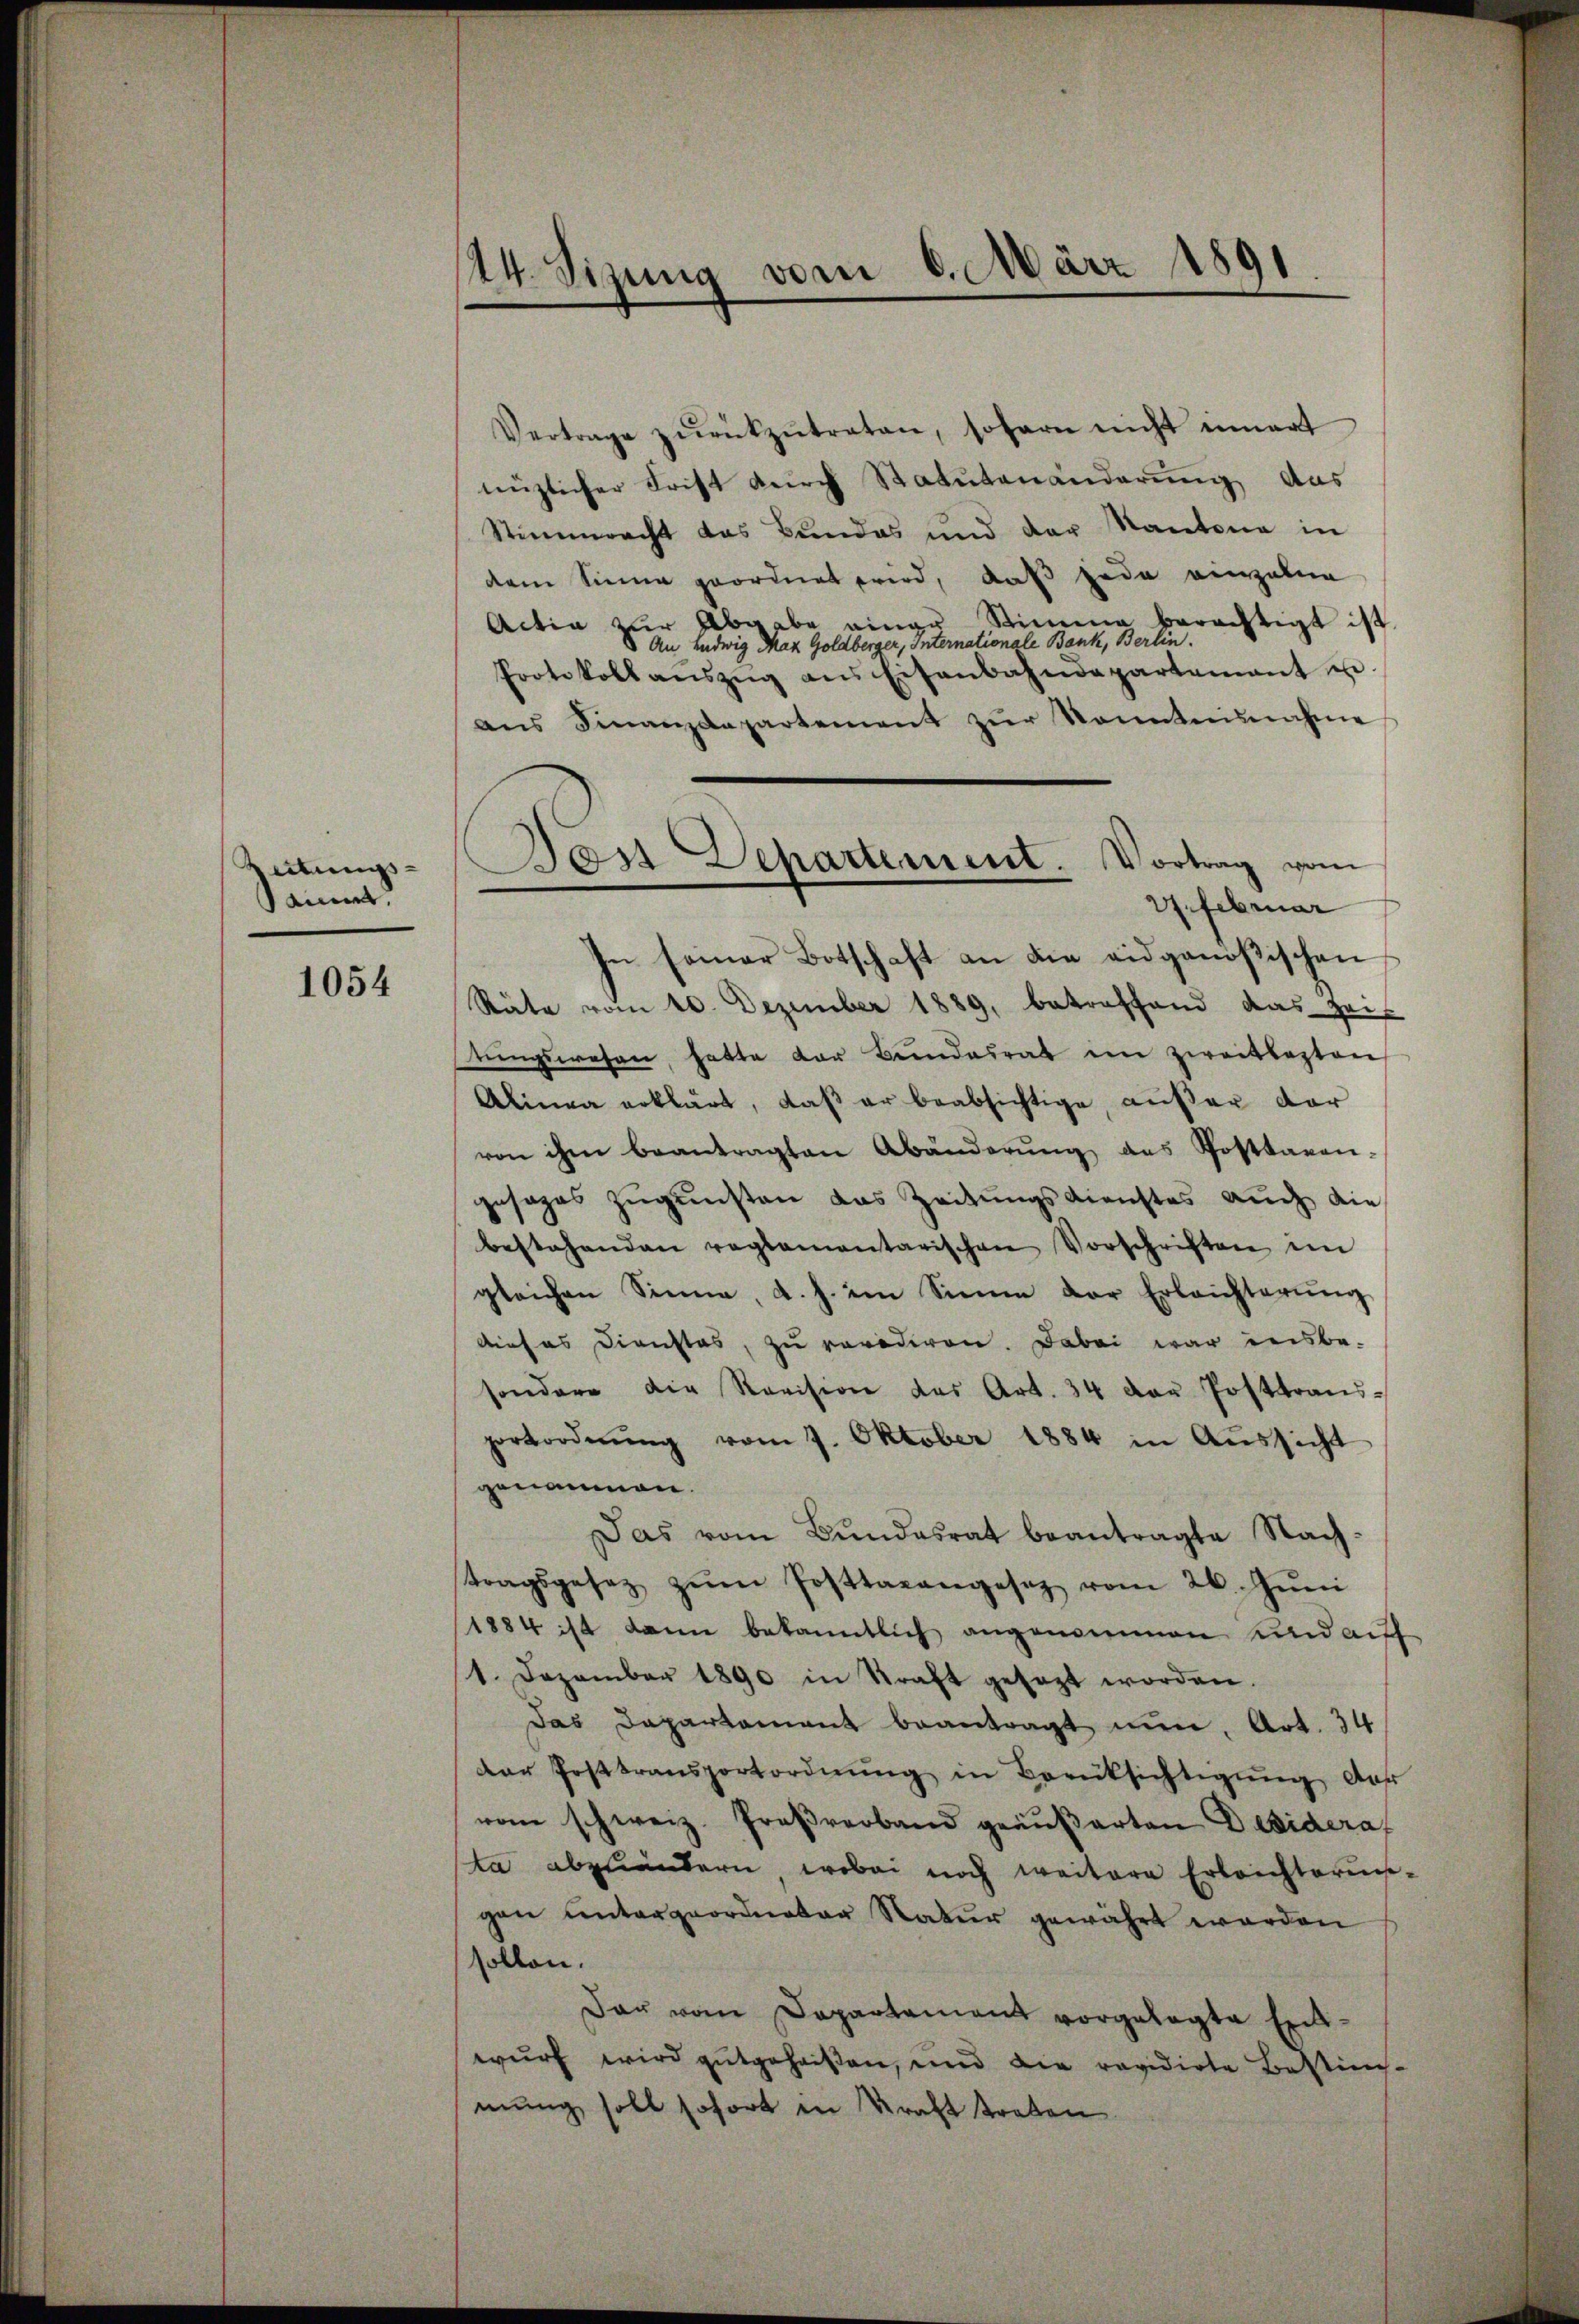
Zeitungs-
Saint

1054

14. Sizung vom 6. März 1891

Vertrage zŭrückzŭtreten, sofern nicht innert
nüzlicher Frist durch Statutenänderung das
Stimmrecht das Bundes und der Kantone in
dem Sinne geordnet wird, daß jede einzelne
Actia zŭr Abgabe einer Stimme berechtigt ist.
An Ludwig Maz Goldberger, Internationale Bank, Berlin.
Protokoll aŭszŭg ans Eisenbahndepartement u.
ans Finanzdepartement zŭr Kenntnisnahme
In seiner Botschaft an die eidgenößischen
Räte vom 10. Dezember 1889, betreffend das Heitŭngswesen, hatte der Bŭndesrat im zweiflasten
Alinea erklärt, daβ er beabsichtige, außer dar
von ihm beantragten Abänderŭng des Postbaren-
gesages zŭgŭnsten das Zeitungsdienstes auch die
bestehenden reglementarischen Vorschriften im
gleichen Sinne, d. h. im Sinne der Erleichterŭng
dieses Dienstes, zu revidiren. Dabei war insbe-
sondere die Revision das Art. 34 der Posttrans-
portordnŭng vom 7. Oktober 1884 in Aŭssicht
genommen.
Das vom Bundesrat beantragte Nach-
tragsgesetz zŭm Posttarangesetz vom 26. Jŭni
1884 ist dann bekanntlich angenommen und auf
1. Dezember 1890 in Kraft gesagt worden.
Das Departement beantragt nun, Art. 34
der Posttransportordnŭng in Berücksichtigŭng der
vom schweiz. Proβverband geäußerten Desidera
ta abzuändern, wobei noch weitere Erleichterung
gen untergeordneter Natur gewährt worden
sollen.
dar vom Departement vorgelegte Entwurf wird gutgeheißen, und die revidirte Bestim-
mung soll sofort in Kraft treten

Das Departement. Vortrag vom
2. Februar